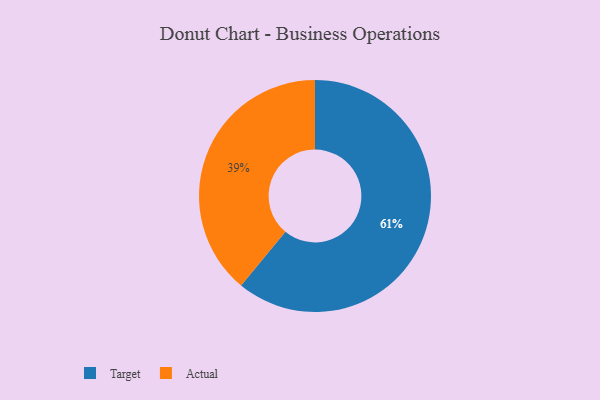
{"axis": {"x": "Category", "y": "Percentage"}, "legend": ["Actual", "Target"], "data": [{"x": "Actual", "y": 39, "type": "Actual"}, {"x": "Target", "y": 61, "type": "Target"}]}